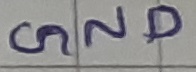
Text: GND